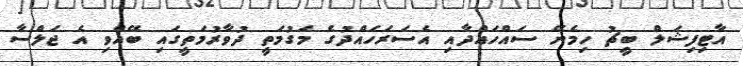
އާޓިފިޝަލް ބީޗު ހިމެނޭ ސައްހައްދާއި އެސަރަހައްދުގެ މަގުމަތީ ދުވާރުމަތީގައި ބޭއްވި އެ ޖަލްސާ